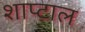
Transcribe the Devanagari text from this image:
शाप्टाल